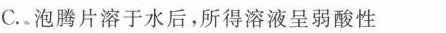
C.泡腾片溶于水后，所得溶液呈弱酸性